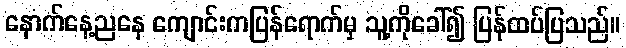
နောက်နေ့ညနေ ကျောင်းကပြန်ရောက်မှ သူ့ကိုခေါ်၍ ပြန်ထပ်ပြသည်။